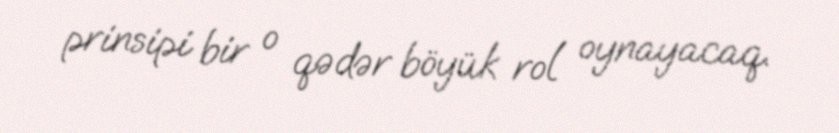
prinsipi bir o qədər böyük rol oynayacaq.